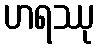
ဟရဿု